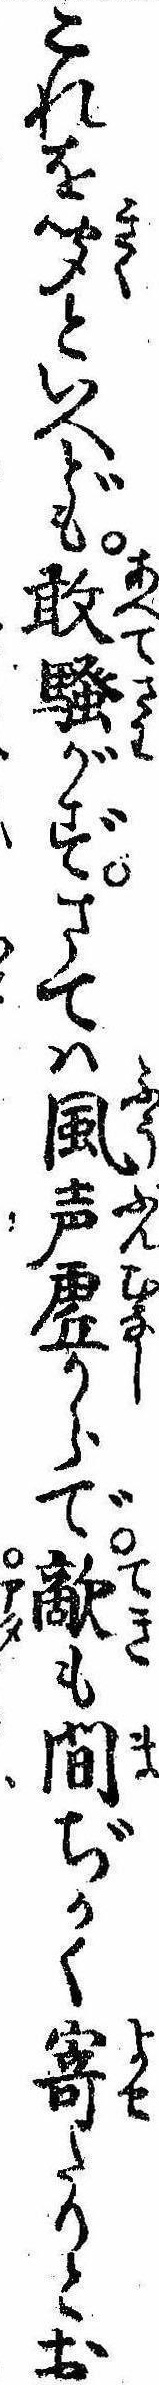
これを聞といへども敢騒がずさては風声虚からで敵も間ぢかく寄たりとお